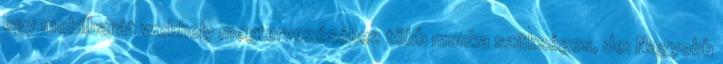
egy mobilbarát webhely megtervezéséhez több munka szükséges, de: Nagyobb